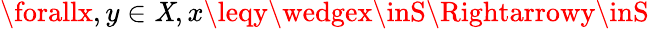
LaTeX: \forallx,y\in\mathit{X},x\leqy\wedgex\inS\Rightarrowy\inS